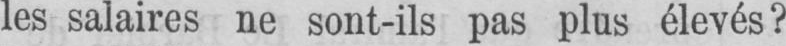
les salaires ne sont-ils pas plus élevés?